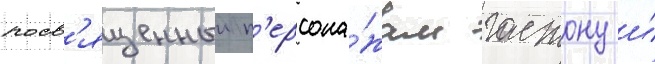
посв'ященныи п'ерсона́жам гастону и́